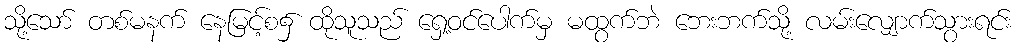
သို့သော် တစ်မနက် နေမြင့်စ၌ ထိုသူသည် ရှေ့ဝင်ပေါက်မှ မထွက်ဘဲ ဘေးဘက်သို့ လမ်းလျှောက်သွားရင်း